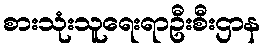
စားသုံးသူရေးရာဦးစီးဌာန